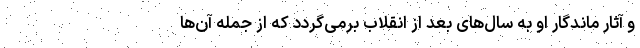
و آثار ماندگار او به سال‌های بعد از انقلاب برمی‌گردد که از جمله آن‌ها